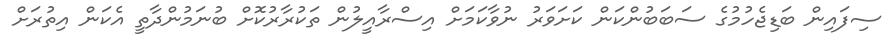
ސިފައިން ބަޑިޖެހުމުގެ ސަބަބުންކަން ކަށަވަރު ނުވާކަމަށް އިސްރާއީލުން ތަކުރާރުކޮށް ބުނަމުންދާތީ އެކަން އިތުރަށް